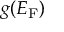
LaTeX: g ( E _ { \mathrm { F } } )